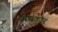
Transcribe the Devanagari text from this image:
अधंकार